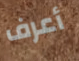
أعرف